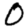
Digit: 0